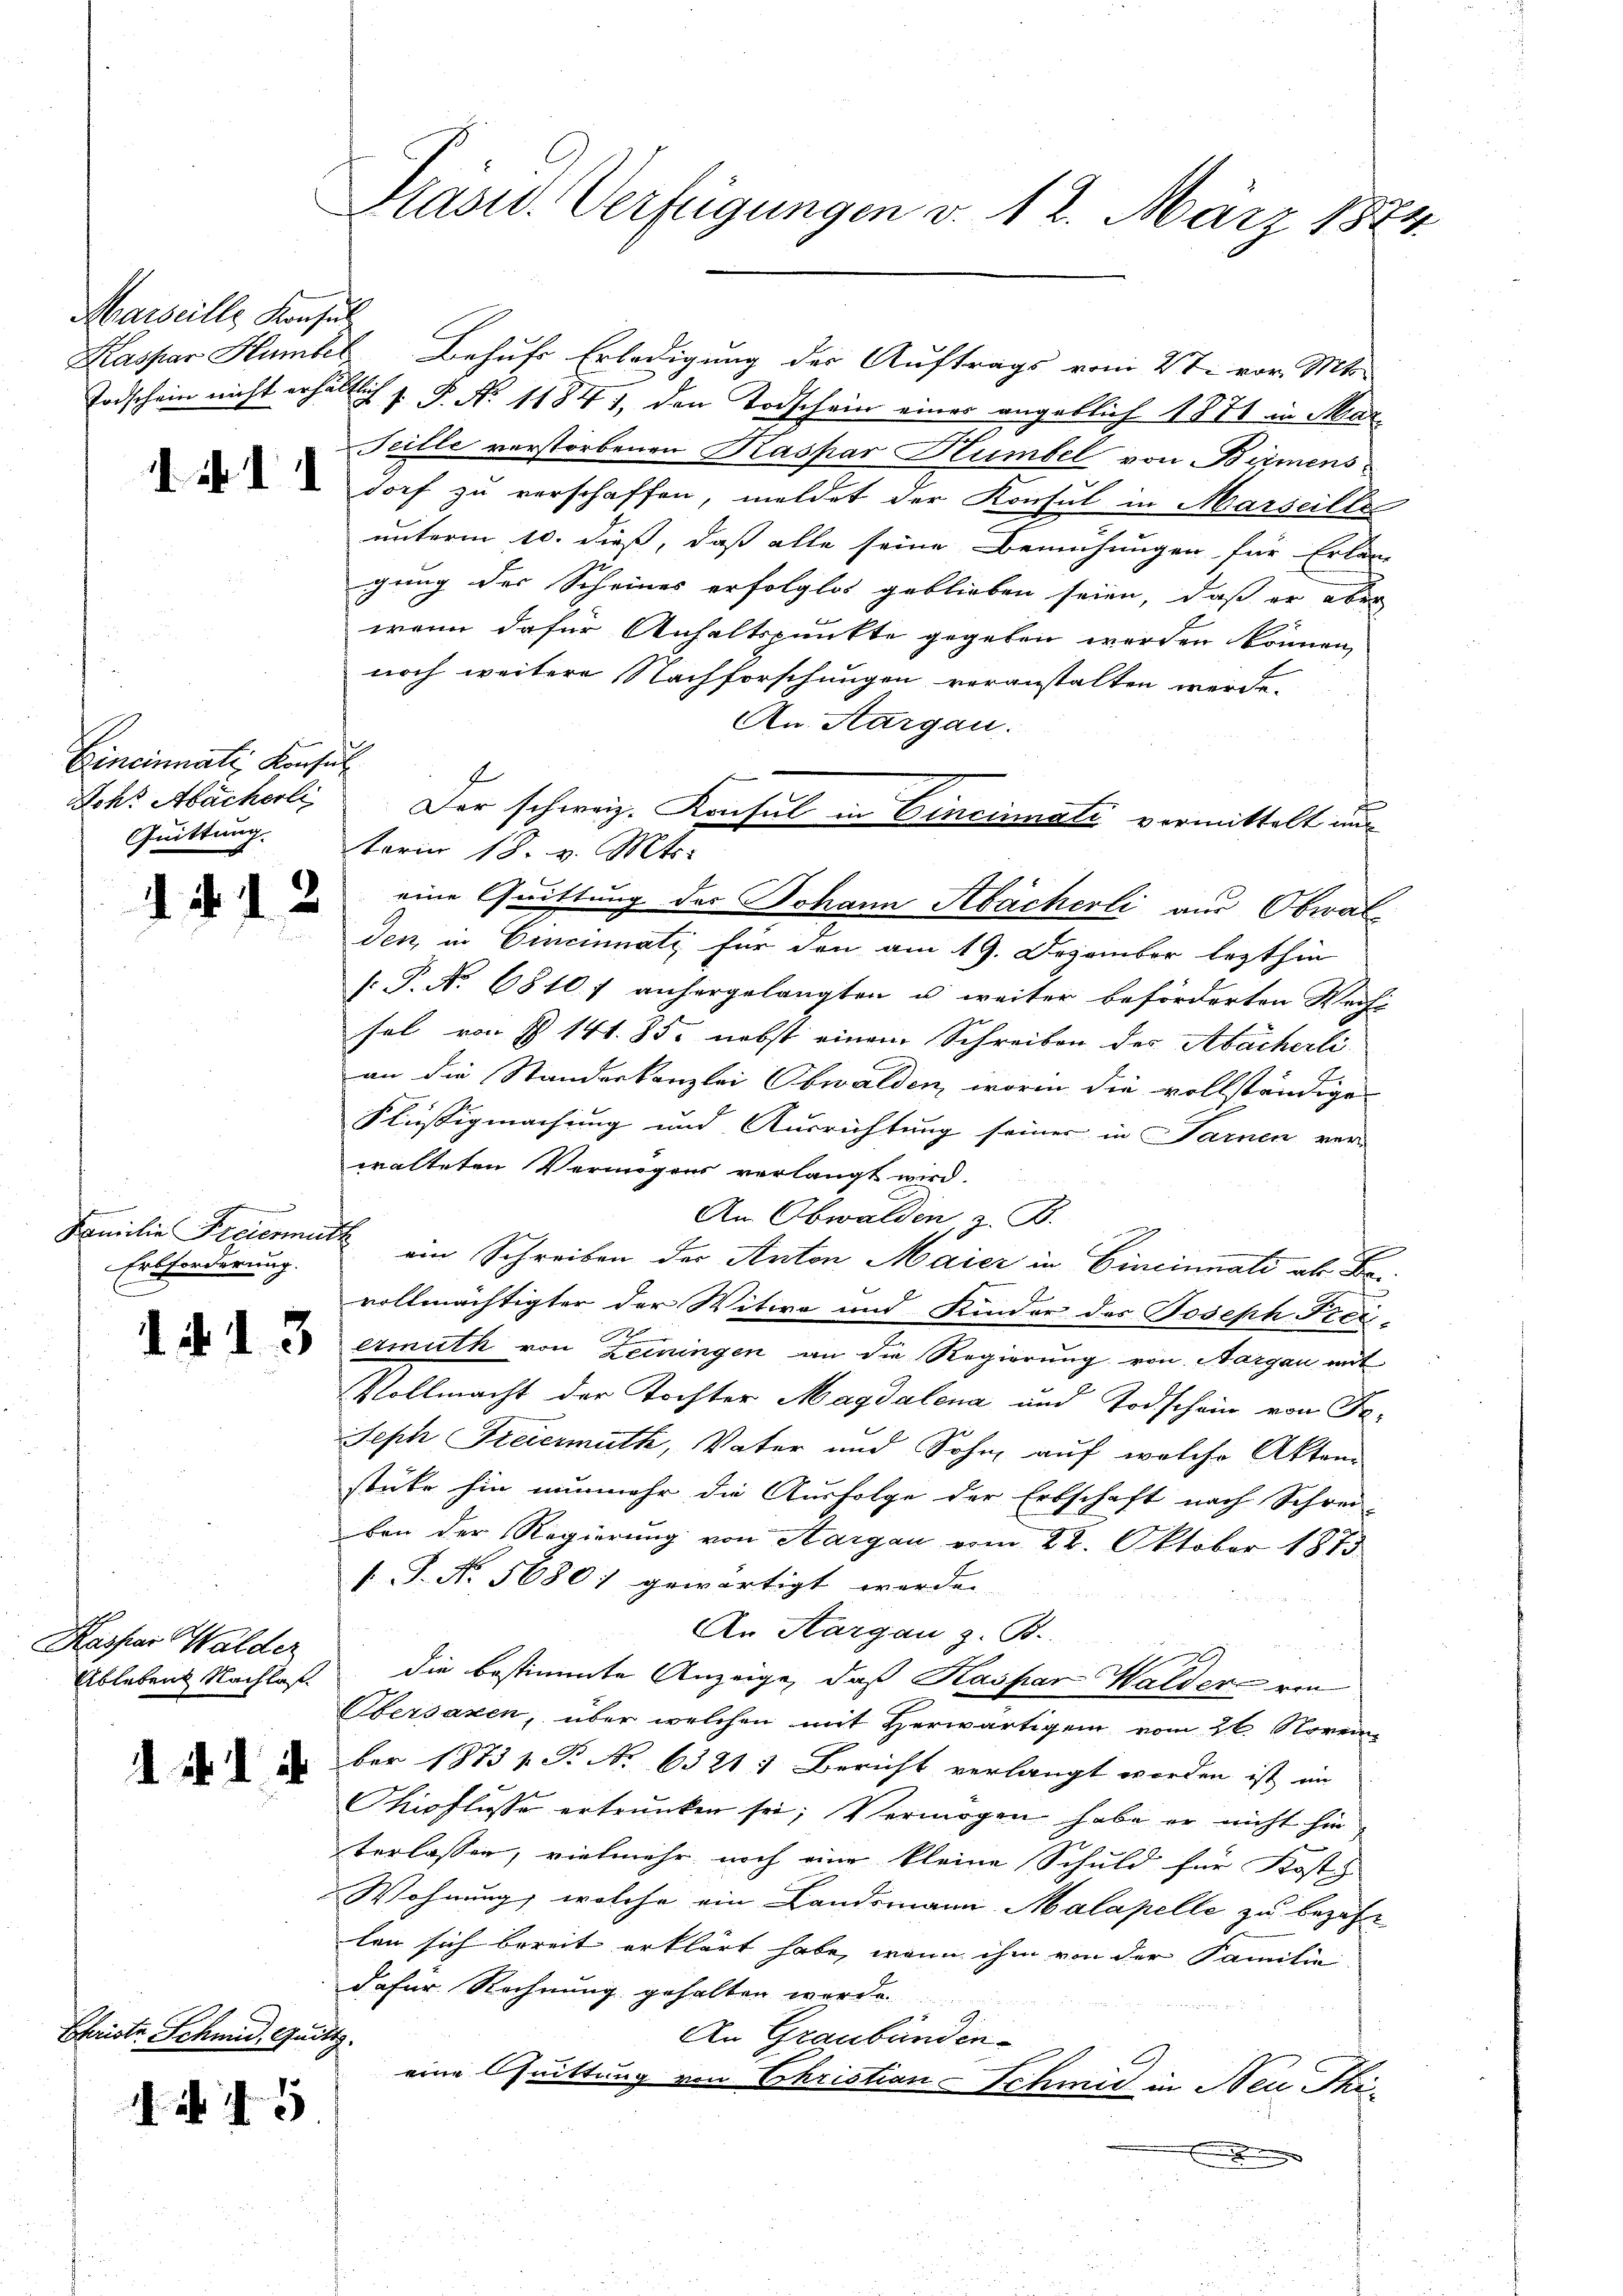
Marseille Konsul

..

Eineinnati Konsul
Rohr Abächerli
Quittung.

d. d. 12

Familie Freiermuth
Erbforderung.

d.d. 13

Kaspar Walder
Ableben Nachlaß

i I 4

Ehriste Schmid, Quitt.

45

Präsid. Verfügungen v. 12. März 1874.

Kaspar Humbel Behufs Erledigung der Auftrags vom 4ten vor. Mts.
Todschein nicht erhältlich s. P. Nr. 11841, den Todschein einer angeblich 1871 in Mar
Seille verstorbenen Kaspar Humbel von Birmensdorf zu verschaffen, meldet der Konsul in Marseille
unterm 10. dieß, daß alle seine Bemühungen für Erlang
gung der Scheines erfolglos geblieben seien, daß er aber
wenn dafür Anhaltspunkte gegeben werden können,
noch weitere Nachforschungen veranstalten werde.
An Aargau.
1
den, in Cincinnati für den am 19. Dezember lezthin
[.P. Nr. 6810 f anhergelangten u. weiter beförderten Weih-
fel von § 141. 85. nebst einem Schreiben des Abächerli
an die Standeskanzlei Obwalden, worin die vollständige
Flüssigmachung und Ausrichtung seiner in Sarnen ver-
walteten Vermögens verlangt wird.
An Obwalden, z. B.
ein Schreiben der Anton Maier in Cincinnali als Bevollmächtigter der Witwe und Kinder des Joseph Frei-
Armuth von Zeiningen an die Regierung von Margau mit
Vollmacht der Tochter Magdalena und Todschein von Fa¬
Seph Freiermuth, Vater und Sohn, auf welche Akten
stüke hin nunmehr die Ausfolge der Erbschaft nach Schrei-
ben der Regierung von Aargau vom 22. Oktober 1873
V. P. N. 5680) gewärtigt werde.
An Aargau z. B.
die bestimmte Anzeige, daß Kaspar Walder von
Übersaxen, über welchen mit Herwärtigen vom 26. Novem
ber 1873 p. T. No 6321: Bericht verlangt worden ist im
Nioflasse ertrunken sei; Vermögen habe er nicht hin
terlassen, vielmehr noch eine kleine Schuld für Koste
Wohnung, welche ein Landsmann Malapelle zu bezah
len sich bereit erklärt habe, wenn ihm von der Familie
dafür Rechnung gehalten werde.

An Graubünden
eine Quittung von Christian Schmid in Neu Phi¬

Der schweiz. Konsul in Cincinati vermittelt und
torin 18. v. Mts.
eine Quittung des Johann Abächerli aus Obwal